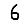
Digit: 6